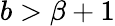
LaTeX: b>\beta+1